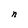
Character: n